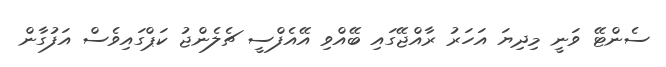
ސެންޓޭ ވަނީ މިދިޔަ އަހަރު ރާއްޖޭގައި ބޭއްވި އޭއެފްސީ ޗެލެންޖު ކަޕްގައިވެސް އަފުގާން